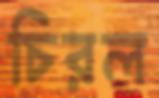
চিরল